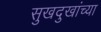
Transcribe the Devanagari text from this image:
सुखदुखांच्या